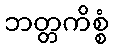
ဘတ္တကိစ္စံ